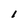
Character: 1